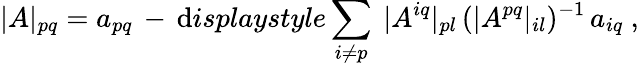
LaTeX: |A|_{pq}=a_{pq}\, -\, \mathrm{d}isplaystyle\sum_{i\not{=}p}\ |A^{iq}|_{pl}\, (|A^{pq}|_{il})^{-1}\, a_{iq}\ ,